Civil Veterinary Dept. Bombay admin report 1923-31 - 1923-1931
Year: 1923
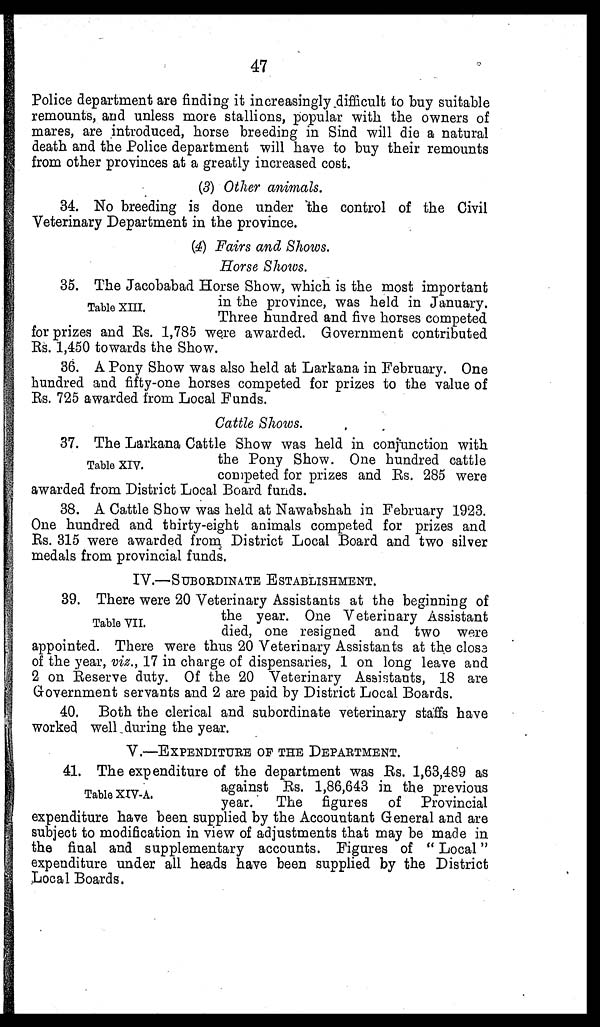
47
Police department are finding it increasingly difficult to buy suitable
remounts, and unless more stallions, popular with the owners of
mares, are introduced, horse breeding in Sind will die a natural
death and the Police department will have to buy their remounts
from other provinces at a greatly increased cost.
(3) Other animals.
34. No breeding is done under the control of the Civil
Veterinary Department in the province.
(4) Fairs and Shows.
Horse Shows.
Table XIII.
35. The Jacobabad Horse Show, which is the most important
in the province, was held in January.
Three hundred and five horses competed
for prizes and Rs. 1,785 were awarded. Government contributed
Rs. 1,450 towards the Show.
36. A Pony Show was also held at Larkana in February. One
hundred and fifty-one horses competed for prizes to the value of
Rs. 725 awarded from Local Funds.
Cattle Shows.
Table XIV.
37. The Larkana Cattle Show was held in conjunction with
the Pony Show. One hundred cattle
competed for prizes and Rs. 285 were
awarded from District Local Board funds.
38. A Cattle Show was held at Nawabshah in February 1923.
One hundred and thirty-eight animals competed for prizes and
Rs. 315 were awarded from District Local Board and two silver
medals from provincial funds.
IV.—SUBORDINATE ESTABLISHMENT.
Table VII.
39. There were 20 Veterinary Assistants at the beginning of
the year. One Veterinary Assistant
died, one resigned and two were
appointed. There were thus 20 Veterinary Assistants at the close
of the year, viz., 17 in charge of dispensaries, 1 on long leave and
2 on Reserve duty. Of the 20 Veterinary Assistants, 18 are
Government servants and 2 are paid by District Local Boards.
40. Both the clerical and subordinate veterinary staffs have
worked well during the year.
V.—EXPENDITURE OF THE DEPARTMENT.
Table XIV-A.
41. The expenditure of the department was Rs. 1,63,489 as
against Rs. 1,86,643 in the previous
year. The figures of Provincial
expenditure have been supplied by the Accountant General and are
subject to modification in view of adjustments that may be made in
the final and supplementary accounts. Figures of " Local"
expenditure under all heads have been supplied by the District
Local Boards.